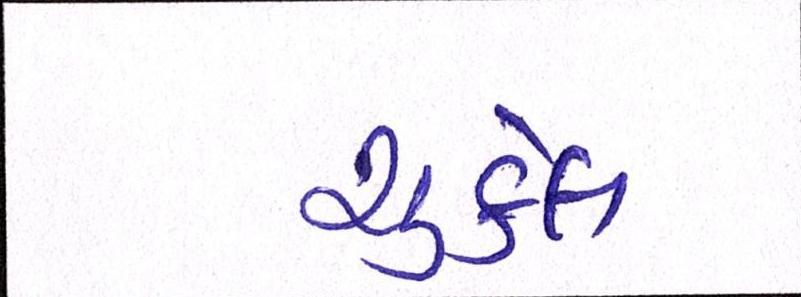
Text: ચુકેલ